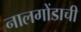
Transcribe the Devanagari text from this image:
नालगोंडाची